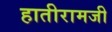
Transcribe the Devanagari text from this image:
हातीरामजी